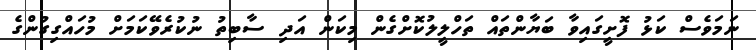
ނަމަވެސް ކަޅު ފޮށީގައިވާ ބަޔާންތައް ތަހްލީލުކޮށްގެން މިކަން އަދި ސާބިތު ނުކުރެވޭކަމަށް މުހައްގިގުންގެ